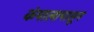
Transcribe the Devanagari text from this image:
कंपालापासून